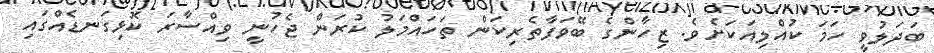
ބަދަލުވީ ހަމަ ކުއްލިއަކަށެވެ. ޒިހާންގެ ބޭވަފާތެރިކަން ތަހައްމަލު ކުރަން ޖެހުނީ ވިއްސާރަ ކޮޅިގަނޑެއްގައި